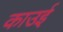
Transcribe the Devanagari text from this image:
काउई